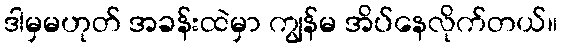
ဒါမှမဟုတ် အခန်းထဲမှာ ကျွန်မ အိပ်နေလိုက်တယ်။